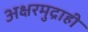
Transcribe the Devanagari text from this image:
अक्षरमुद्राही